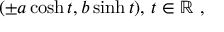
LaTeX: ( \pm a \cosh t , b \sinh t ) , \, t \in \mathbb { R } \ ,